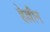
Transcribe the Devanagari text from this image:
हेल्लीन